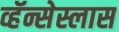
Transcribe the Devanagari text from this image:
व्हॅन्सेस्लास